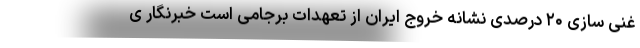
غنی سازی ۲۰ درصدی نشانه خروج ایران از تعهدات برجامی است خبرنگار ی